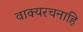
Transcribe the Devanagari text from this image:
वाक्यरचनाहि